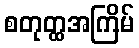
စတုတ္ထအကြိမ်